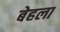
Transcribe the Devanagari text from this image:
बेहला